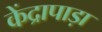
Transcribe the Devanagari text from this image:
केंद्रापाड़ा